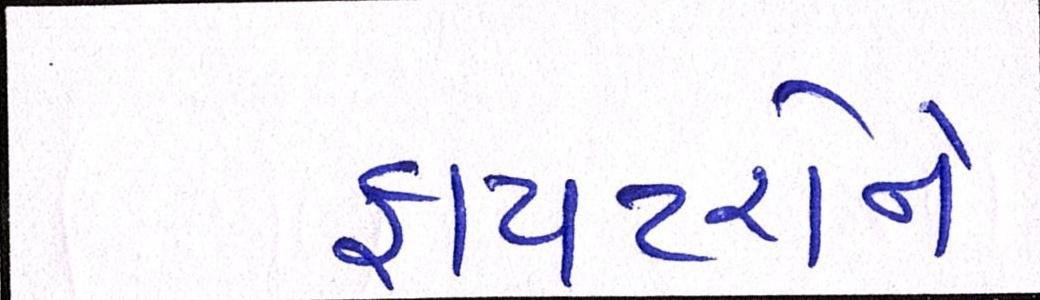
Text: ફાયટરોને